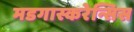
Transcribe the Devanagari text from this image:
मडगास्करेन्सिस